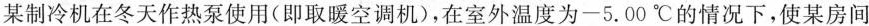
某制冷机在冬天作热泵使用(即取暖空调机)，在室外温度为-5.00℃ 的情况下，使某房间